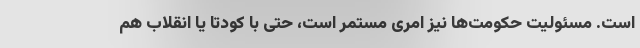
است. مسئولیت حکومت‌ها نیز امری مستمر است، حتی با کودتا یا انقلاب هم